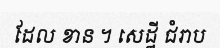
ដែល ខាន ។ សេដ្ឋី ជំរាប